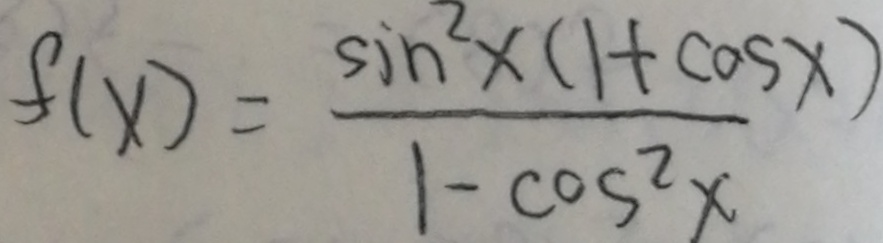
f ( x ) = \frac { \sin ^ { 2 } \times ( 1 + \cos x ) } { 1 - \cos ^ { 2 } x }